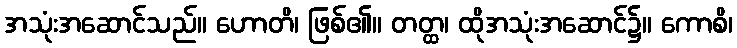
အသုံးအဆောင်သည်။ ဟောတိ၊ ဖြစ်၏။ တတ္ထ၊ ထိုအသုံးအဆောင်၌။ ကောစိ၊